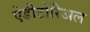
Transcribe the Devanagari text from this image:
ऐडीटोरिअल